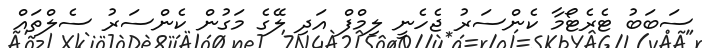
ސަބަބު ޓެރެޓޯމާ ކެންސަރު ޖެހެނީ ލިމްފް އަދި ލޭގެ މަގުން ކެންސަރު ސެލްތައް